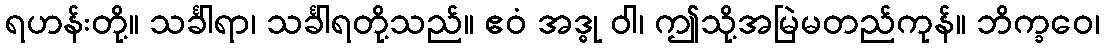
ရဟန်းတို့။ သင်္ခါရာ၊ သင်္ခါရတို့သည်။ ဧဝံ အဒ္ဓု ဝါ၊ ဤသို့အမြဲမတည်ကုန်။ ဘိက္ခဝေ၊